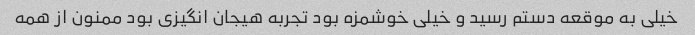
خیلی به موقعه دستم رسید و خیلی خوشمزه بود تجربه هیجان انگیزی بود ممنون از همه